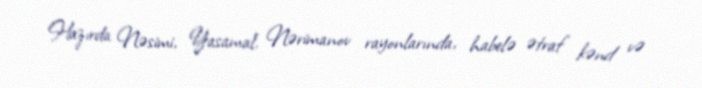
Hazırda Nəsimi, Yasamal, Nərimanov rayonlarında, habelə ətraf kənd və